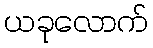
ယခုလောက်